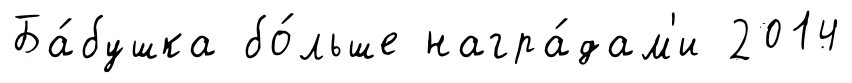
Ба́бушка бо́льше награ́дам'и 2014